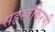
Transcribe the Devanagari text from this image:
सहस्त्रकिरणी